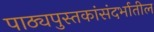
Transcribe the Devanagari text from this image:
पाठ्यपुस्तकांसंदर्भातील